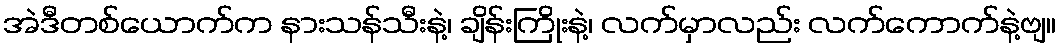
အဲဒီတစ်ယောက်က နားသန်သီးနဲ့၊ ချိန်းကြိုးနဲ့၊ လက်မှာလည်း လက်ကောက်နဲ့ဗျ။